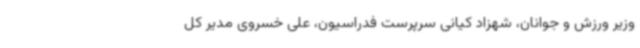
وزیر ورزش و جوانان، شهزاد کیانی سرپرست فدراسیون، علی خسروی مدیر کل